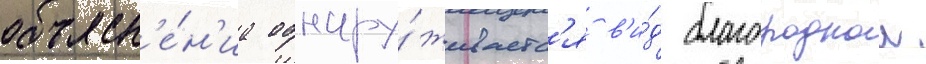
объясн'е́н'иа обнару́живаетс'я в'и́д благороднои